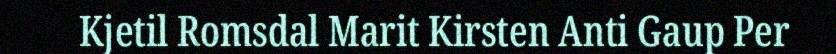
Kjetil Romsdal Marit Kirsten Anti Gaup Per